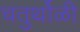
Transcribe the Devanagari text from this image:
चतुर्थोळी